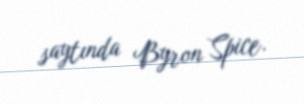
saytında Byron Spice.